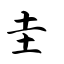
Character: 圭